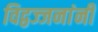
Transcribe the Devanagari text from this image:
विद्वज्जनांनी